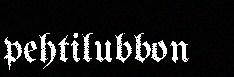
pehtilubbon